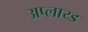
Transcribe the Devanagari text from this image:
अप्लाय्ड